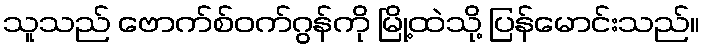
သူသည် ဗောက်စ်ဝက်ဂွန်ကို မြို့ထဲသို့ ပြန်မောင်းသည်။